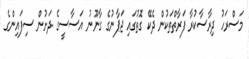
މަސްރަހު ދިރާސާކުރާ ފަރާތްތަކުން ދެކޭ ގޮތުގައި ޖަޕާނުގެ ގާނޫނު އަސާސީގެ ދަށުން ސިފައިންގެ